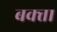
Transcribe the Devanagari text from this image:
बक्‍ता